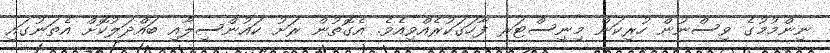
ނިންމުމުގެ ވިސްނުން ހުރިކަން މިނިސްޓަރ ފާހަގަކުރެއްވިއެވެ. އެގޮތުން ރަށު ކައުންސިލާއި ބައްދަލުކޮށް އެތަނުގައި